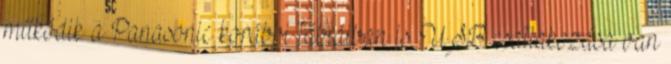
működik a Panasonic korábbi tábláiban is. USB csatlakozása van